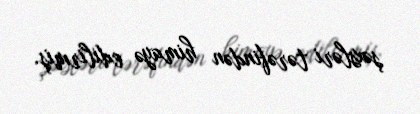
şəxsləri tərəfindən himayə edilirmiş.